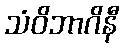
သံဝိဘာဂိနီ